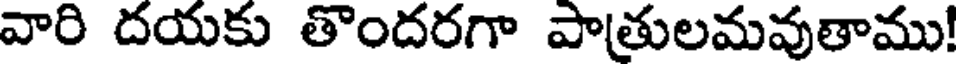
వారి దయకు తొందరగా పాతులమవుతాము!